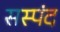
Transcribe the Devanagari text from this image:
सस्पंद